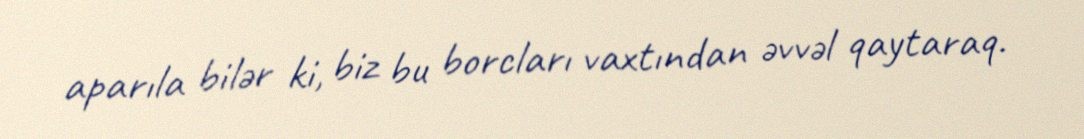
aparıla bilər ki, biz bu borcları vaxtından əvvəl qaytaraq.